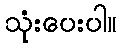
သုံးပေးပါ။